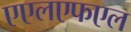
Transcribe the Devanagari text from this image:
एएलएफएल